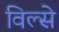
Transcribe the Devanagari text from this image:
विल्से